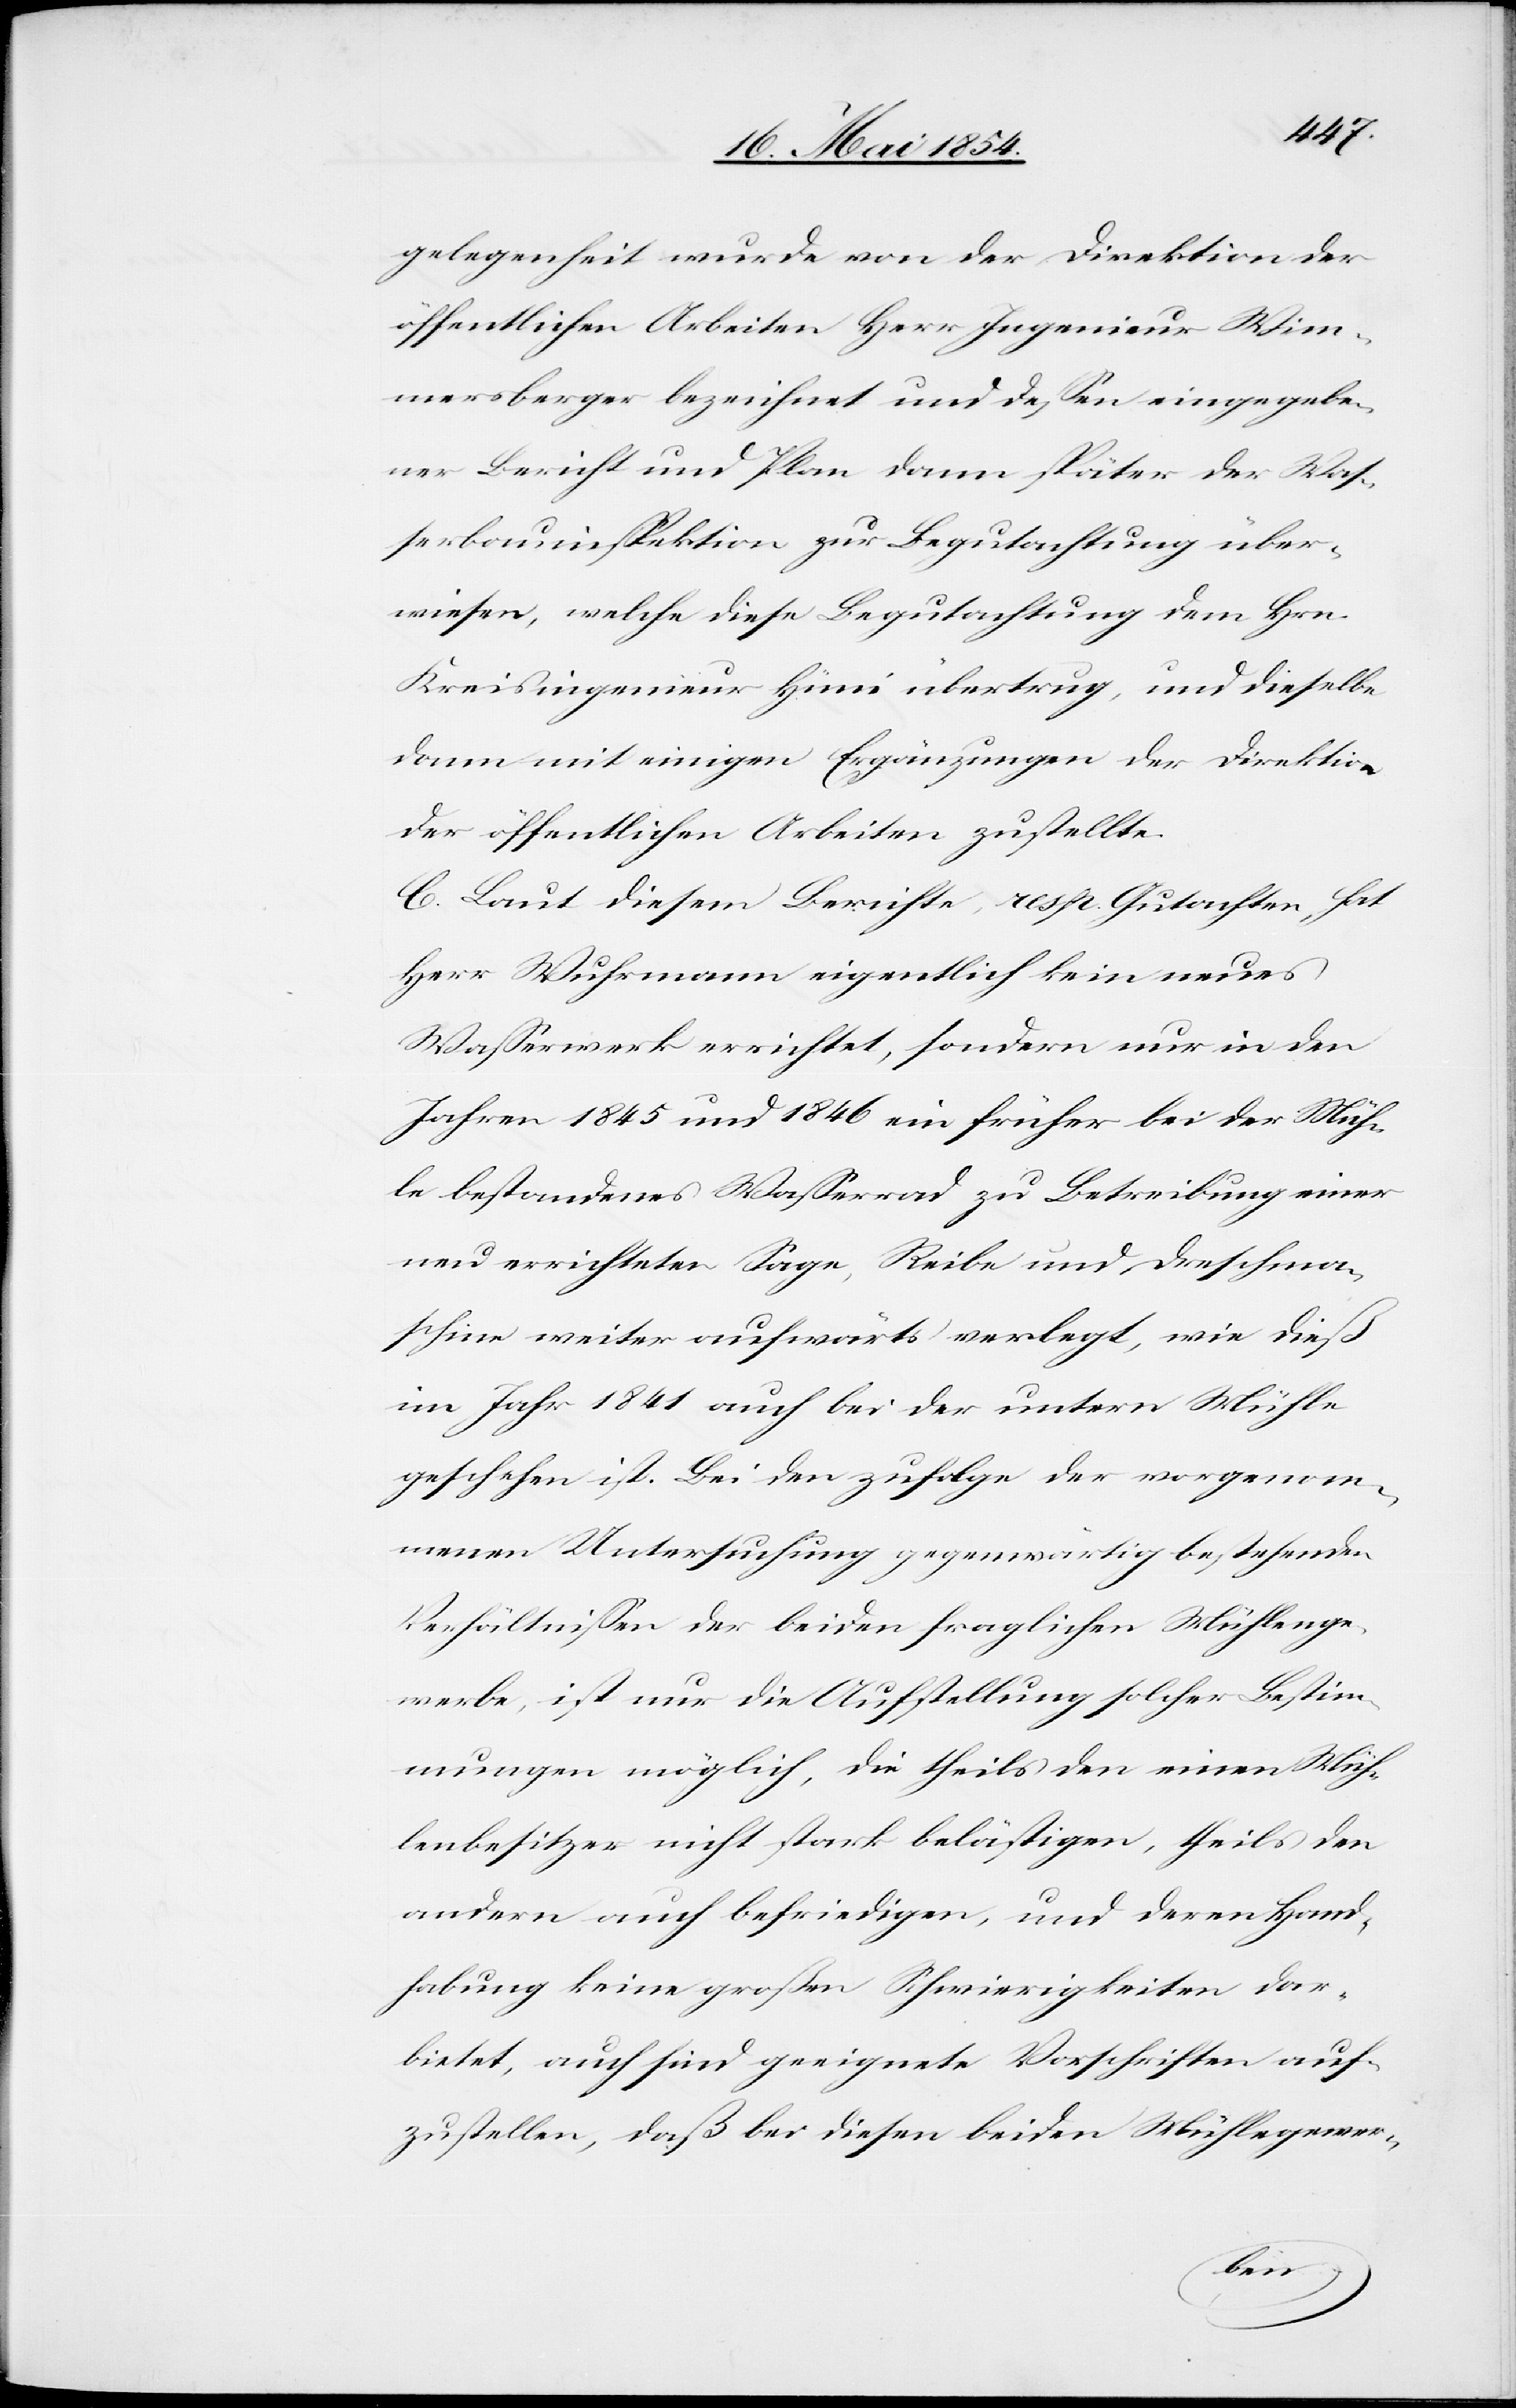
gelegenheit wurde von der Direktion der
öffentlichen Arbeiten Herr Ingenieur Wim¬
mersberger bezeichnet und deßen eingegebe¬
ner Bericht und Plan dann später der Waß¬
erbauinspektion zur Begutachtung über¬
wiesen, welche diese Begutachtung dem Hrn.
Kreisingenieur Hüni übertrug, und dieselbe
dann mit einigen Ergänzungen der Direktion
der öffentlichen Arbeiten zustellte.
C. Laut diesem Berichte, resp. Gutachten, hat
Herr Wuhrmann eigentlich kein neues
Waßerwerk errichtet, sondern nur in den
Jahren 1845 und 1846 ein früher bei der Müh¬
le bestandenes Waßerrad zu Betreibung einer
neu errichteten Sage, Reibe und Dreschma¬
schine weiter aufwärts verlegt, wie dieß
im Jahr 1841 auch bei der untern Mühle
geschehen ist. Bei den zufolge der vorgenom¬
menen Untersuchung gegenwärtig bestehenden
Verhältnißen der beiden fragliche Mühlenge¬
werbe, ist nur die Aufstellung solcher Bestim¬
mungen möglich, die theils den einen Müh¬
lenbesitzer nicht stark belästigen, theils den
andern auch befriedigen, und deren Hand¬
habung keine großen Schwierigkeiten dar¬
bietet, auch sind geeignete Vorschriften auf¬
zustellen, daß bei diesen beiden Mühlegewer-